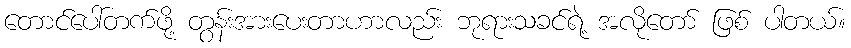
တောင်ပေါ်တက်ဖို့ တွန်းအားပေးတာဟာလည်း ဘုရားသခင်ရဲ့ အလိုတော် ဖြစ် ပါတယ်။